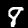
Digit: 8